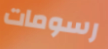
رسومات